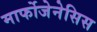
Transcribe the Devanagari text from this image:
मार्फोजेनेसिस